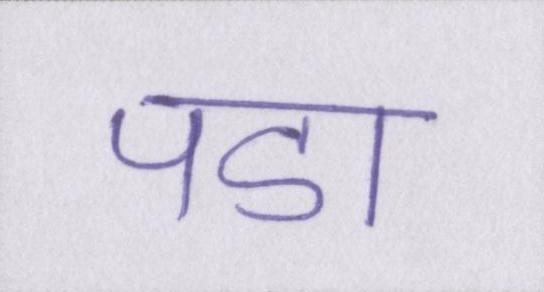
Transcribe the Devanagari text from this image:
पडा